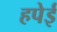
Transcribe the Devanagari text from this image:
हपेई